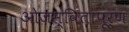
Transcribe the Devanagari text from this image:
ओजस्वितापूर्ण